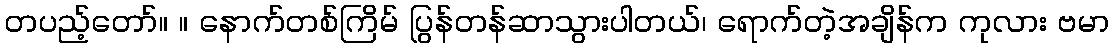
တပည့်တော်။ ။ နောက်တစ်ကြိမ် ပြွန်တန်ဆာသွားပါတယ်၊ ရောက်တဲ့အချိန်က ကုလား ဗမာ